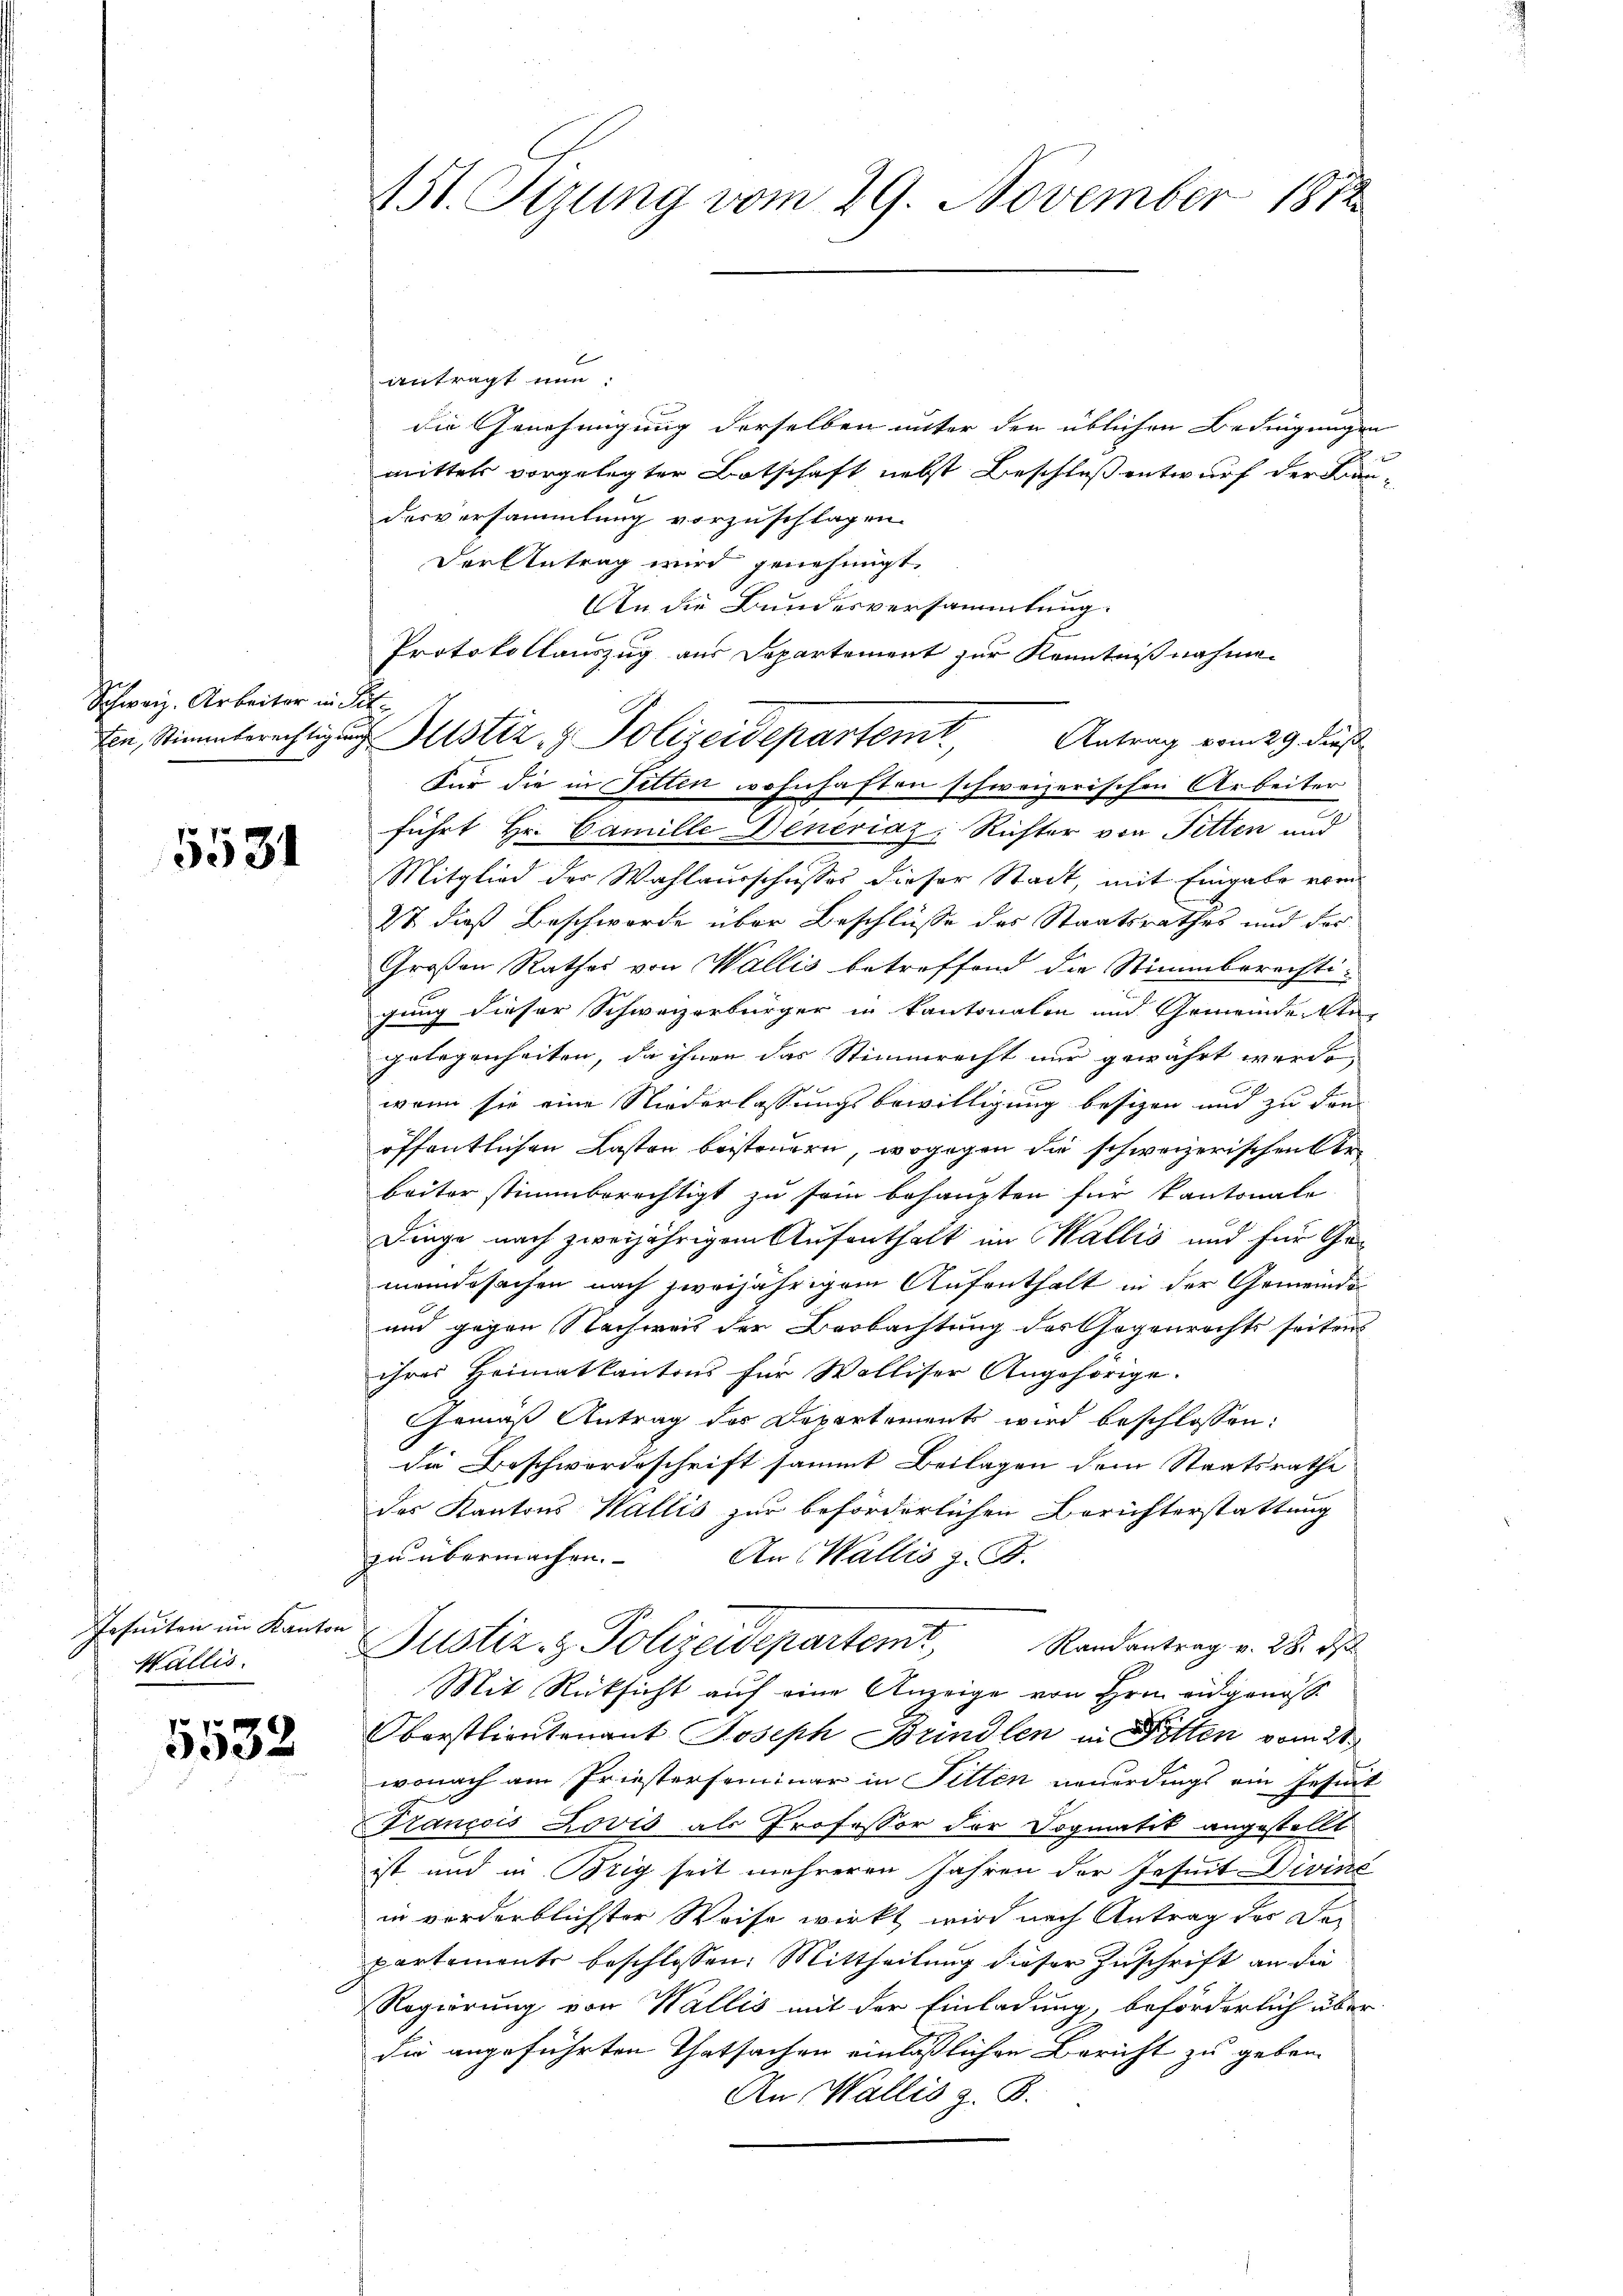
chweiz. Arbeiter in Sit¬

5531

Jesuiten im Kanton
Wallis.

5532

151. Stzung vom 29. November 1812

antragt nun
die Genehmigung derselben unter den üblichen Bedingungen
mittels vorgelegter Botschaft nebst Beschluß entwurf der Kan-
desversammlung vorzuschlagen.
Der Antrag wird genehmigt.
An die Bundesversammlung.
Protokollauszug aus Departement zur Kenntnißnahmen
Antrag vom 29. Jus
Für die in Fitten wohnhaften schweizerischen Arbeiter
führt Hr. Camille Dencriaz; Richter von Fitten und
Mitglied der Wahlausschusses dieser Stadt, mit Eingabe vom
Ist dieß Beschwerde über Beschlüsse des Staatsrathes und der¬
Großen Rathes von Wallis betreffend die Stimmberechtigung dieser Schweizerbürger in Kantonalen und Gemeindekte
gelegenheiten, da ihnen das Stimmrecht nur gewährt werde,
xx
wenn sie eine Niederlassungsbewilligung besizen und zu den
öffentlichen Lasten beisteuern, wogegen die schweizerischen Ar
beiter stimmberechtigt zu sein behaupten für kantonale
Dinge nach zweijährigem Aufenthalt im Wallis und für Gemeindesachen nach zweijährigem Aufenthalt in der Gemeinde
und gegen Nachweis der Beobachtung des Gegenrechts seitens
ihres Heimatkantons für Walliser Angehörige.
Gemäß Antrag des Departements wird beschlossen:
die Beschwordeschrift sammt Beilagen dem Staatsrathe
des Kantons Wallis zur beförderlichen Berichterstattung
zu übermachen. An Wallis z. B.
Justiz- & Polizeidepartemt, Randantrag v. 28. ds
Mit Rücksicht auf eine Anzeige von Hrn. Eidgenöss
Oberstlieutenant Joseph Brindlen in Pitten vom 21.
wonach am Friesterseminar in Sitten neuerdings ein Jesuit
Francois Lovis als Professor der Dogmatik angestellt
ist und in Brig seit mehreren Jahren der Jesuit Divine
in vorderblichster Weise wirkt wird nach Antrag des Departemente beschlossen: Mittheilung dieser Zuschrift an die
Regierung von Wallis mit der Einladung, beförderlich über
die angeführten Thatsachen einläßlichen Bericht zu geben.
An Wallis z. B.

Ein Stimmberechtigung Justiz- & Polizeidepartemt